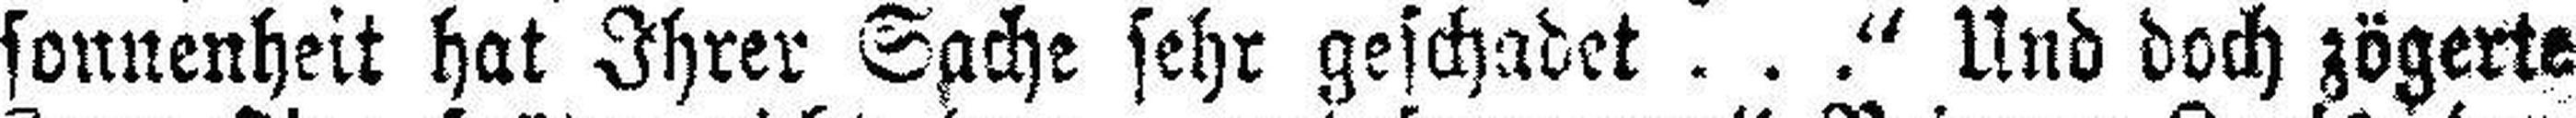
sonnenheit hat Ihrer Sache sehr geschadet . . .“ Und doch zögerte